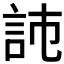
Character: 𧦏